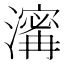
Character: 𤀑